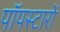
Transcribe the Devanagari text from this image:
पॉपस्टारों